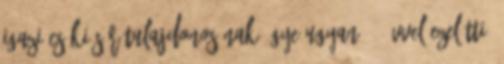
Igazi Csíki Sör tulajdonosának ügye ugyan 16 évvel ezelőtti,